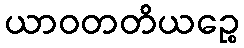
ယာဝတတိယဉ္စေ